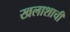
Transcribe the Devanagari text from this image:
खलाशाची